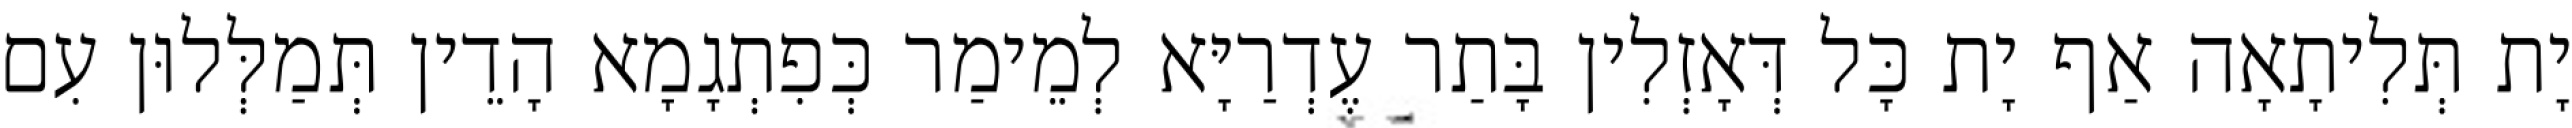
יָת תְּלִיתָאָה אַף יָת כָּל דְּאָזְלִין בָּתַר עֶדְרַיָּא לְמֵימַר כְּפִתְגָמָא הָדֵין תְּמַלְּלוּן עִם